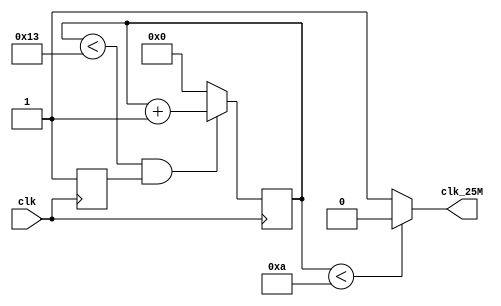
module clk_25(
input clk,
output clk_25M);

reg [9:0] counter_out = 0 ;

reg val = 0;

always @(negedge clk)
begin
	if (counter_out < 19 & val == 1) begin
	counter_out <= counter_out + 1;
	end
	
	else begin
	counter_out <= 0;
	end
	val <= 1;
end

assign clk_25M = (counter_out < 10 ) ? 0:1;

endmodule